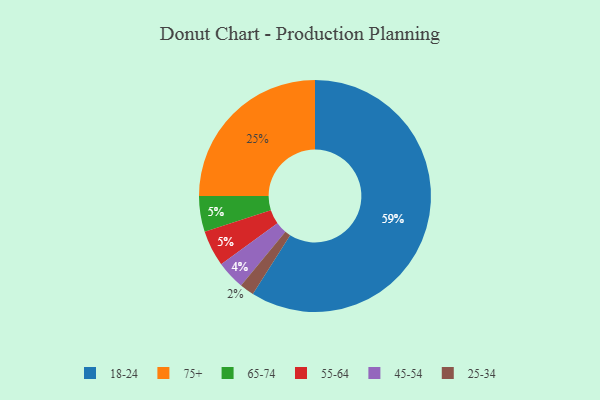
{"axis": {"x": "Category", "y": "Percentage"}, "legend": ["18-24", "25-34", "45-54", "55-64", "65-74", "75+"], "data": [{"x": "18-24", "y": 59, "type": "18-24"}, {"x": "65-74", "y": 5, "type": "65-74"}, {"x": "75+", "y": 25, "type": "75+"}, {"x": "55-64", "y": 5, "type": "55-64"}, {"x": "45-54", "y": 4, "type": "45-54"}, {"x": "25-34", "y": 2, "type": "25-34"}]}